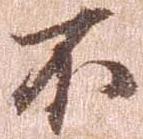
不